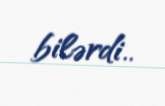
bilərdi..